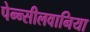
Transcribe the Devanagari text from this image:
पेन्न्सीलवानिया